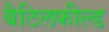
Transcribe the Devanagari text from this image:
बैटिलफील्ड